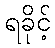
ရခိုင့်